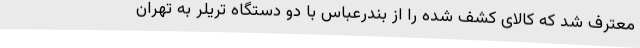
معترف شد که کالای کشف شده را از بندرعباس با دو دستگاه تریلر به تهران